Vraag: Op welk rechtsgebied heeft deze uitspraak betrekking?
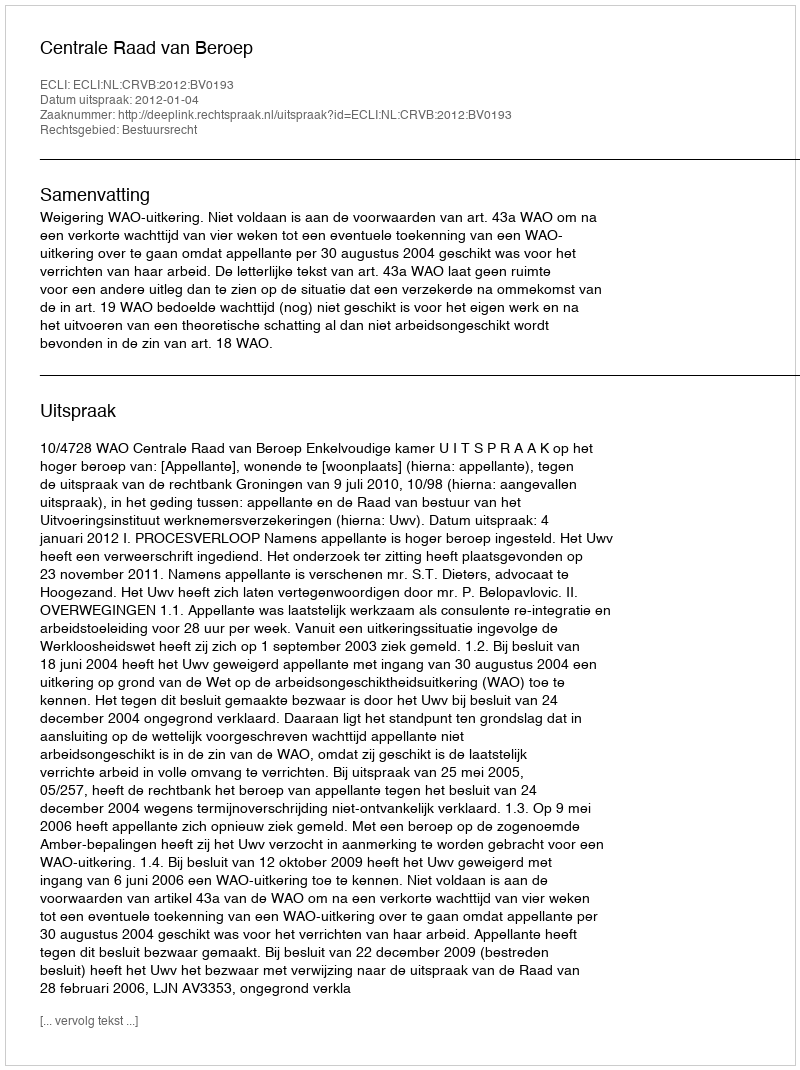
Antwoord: Bestuursrecht